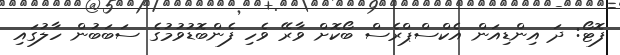
ފޮޓޯ: ދަ އިންޑިއަން އެކްސްޕްރެސް ބޯކޮށް ވާރޭ ވެހި ފެންބޮޑުވުމުގެ ސަބަބުން ހާލުގައި